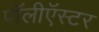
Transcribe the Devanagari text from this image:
पॉलीऍस्टर